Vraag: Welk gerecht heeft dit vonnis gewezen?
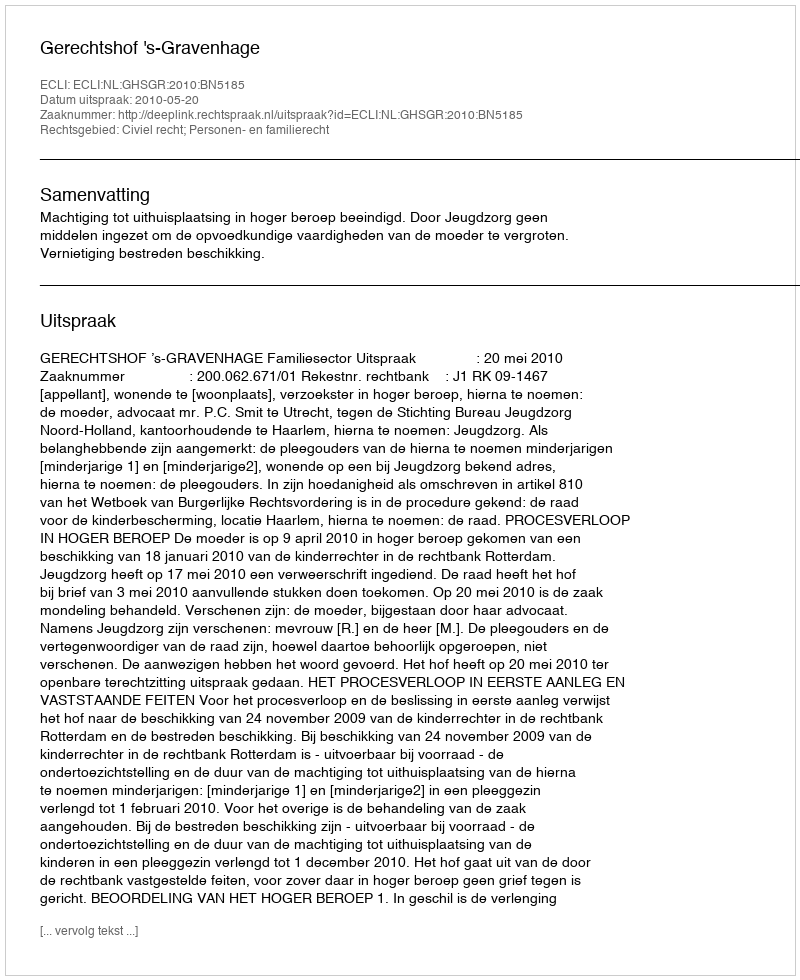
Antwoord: Gerechtshof 's-Gravenhage